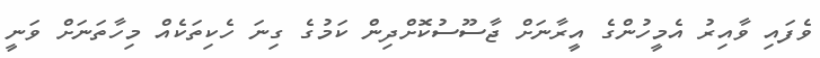
ވެފައި ވާއިރު އެމީހުންގެ އީރާނަށް ޖާސޫސުކޮށްދިން ކަމުގެ ގިނަ ހެކިތަކެއް މިހާތަނަށް ވަނީ